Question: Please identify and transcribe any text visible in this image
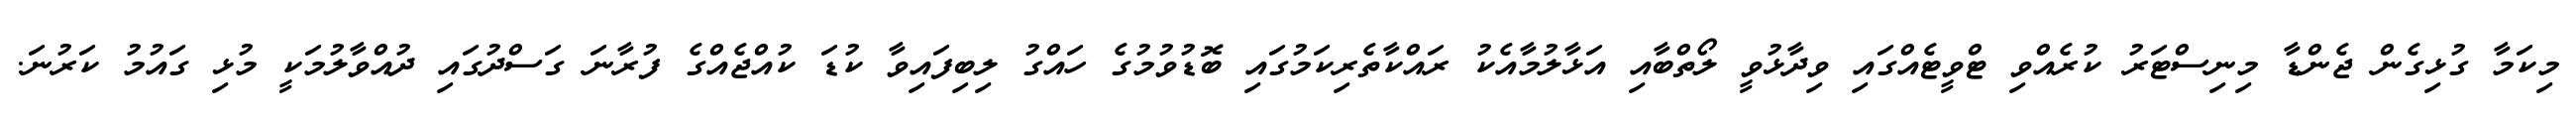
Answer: މިކަމާ ގުޅިގެން ޖެންޑާ މިނިސްޓަރު ކުރެއްވި ޓްވީޓެއްގައި ވިދާޅުވީ ލޯތްބާއި އަޅާލުމާއެކު ރައްކާތެރިކަމުގައި ބޮޑުވުމުގެ ހައްގު ލިބިފައިވާ ކުޑަ ކުއްޖެއްގެ ފުރާނަ ގަސްދުގައި ދުއްވާލުމަކީ މުޅި ގައުމު ކަރުނަ.